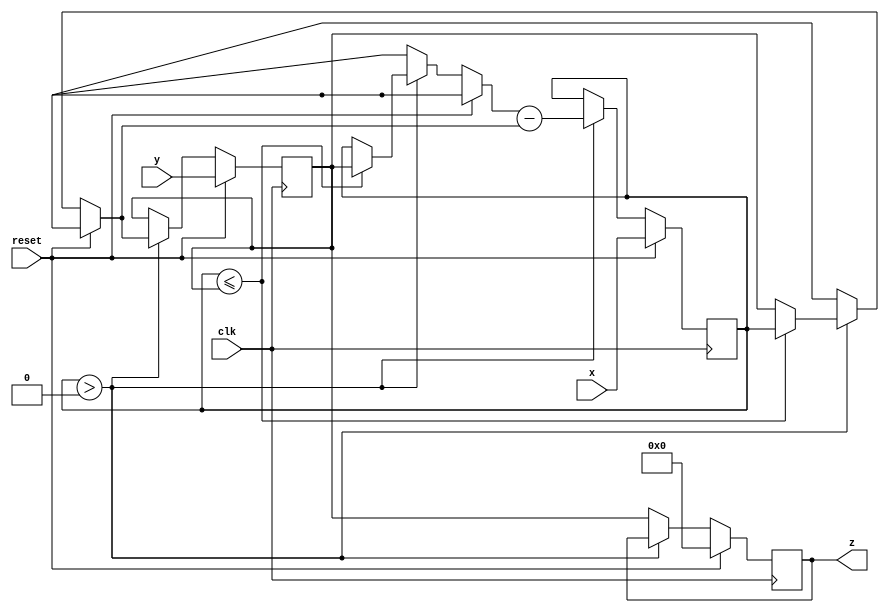
module lab9(x,y,z,clk,reset);
input [7:0]x,y;
input clk,reset;
output reg [7:0]z;
reg [7:0]xr,yr,tmp;


always@(posedge clk)
begin
	if(reset)
	begin
		xr<=x;
		yr<=y;
		z<=0; 
	end
	
	else 
	begin
		if(xr>0)
		begin
			if(xr<=yr)
			begin
				tmp=xr;
				xr = yr;
				yr=tmp;
			end
			xr = xr - yr;
		
		
			
		end
		
		else
		begin
			z=yr;
		end
	end
	
end


endmodule